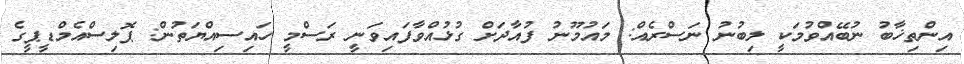
އިންތިޚާބު ނުބޭއްވުމަކީ ލިބުނު ނަސްރެއް: މައުމޫނު ފުއާދަށް ގުޅުއްވާފައިވަނީ ރަސްމީ ހައިސިއްޔަތުން: ޕޮލިސްއެމްޑީޕީގެ